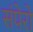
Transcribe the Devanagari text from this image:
संपेरो